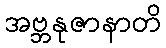
အဗ္ဘနုဇာနာတိ